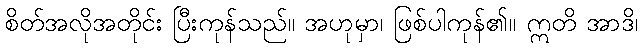
စိတ်အလိုအတိုင်း ပြီးကုန်သည်။ အဟုမှာ၊ ဖြစ်ပါကုန်၏။ ဣတိ အာဒိ၊